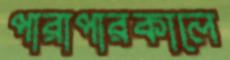
পারাপারকালে